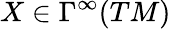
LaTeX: X\in\Gamma^{\infty}(TM)